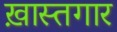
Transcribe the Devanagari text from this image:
ख़ास्तगार